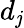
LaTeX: d_{\mathit{j}}